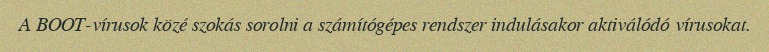
A BOOT-vírusok közé szokás sorolni a számítógépes rendszer indulásakor aktiválódó vírusokat.